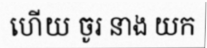
ហើយ ចូរ នាង យក